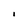
Character: I